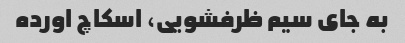
به جای سیم ظرفشویی، اسکاچ اورده